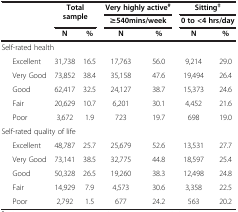
<table><thead><tr><td rowspan="2" colspan="2"><b> </b></td><td rowspan="2" colspan="2"><b>Total sample</b></td><td colspan="2"><b>Very highly active<sup>#</sup></b></td><td colspan="2"><b>Sitting<sup>‡</sup></b></td></tr><tr><td colspan="2"><b>≥540mins/week</b></td><td colspan="2"><b>0 to &lt;4 hrs/day</b></td></tr><tr><td colspan="2"><b> </b></td><td><b>N</b></td><td><b>%</b></td><td><b>N</b></td><td><b>%</b></td><td><b>N</b></td><td><b>%</b></td></tr></thead><tbody><tr><td colspan="8">Self-rated health</td></tr><tr><td> </td><td>Excellent</td><td>31,738</td><td>16.5</td><td>17,763</td><td>56.0</td><td>9,214</td><td>29.0</td></tr><tr><td> </td><td>Very Good</td><td>73,852</td><td>38.4</td><td>35,158</td><td>47.6</td><td>19,494</td><td>26.4</td></tr><tr><td> </td><td>Good</td><td>62,417</td><td>32.5</td><td>24,127</td><td>38.7</td><td>15,373</td><td>24.6</td></tr><tr><td> </td><td>Fair</td><td>20,629</td><td>10.7</td><td>6,201</td><td>30.1</td><td>4,452</td><td>21.6</td></tr><tr><td> </td><td>Poor</td><td>3,672</td><td>1.9</td><td>723</td><td>19.7</td><td>698</td><td>19.0</td></tr><tr><td colspan="8">Self-rated quality of life</td></tr><tr><td> </td><td>Excellent</td><td>48,787</td><td>25.7</td><td>25,679</td><td>52.6</td><td>13,531</td><td>27.7</td></tr><tr><td> </td><td>Very Good</td><td>73,141</td><td>38.5</td><td>32,775</td><td>44.8</td><td>18,597</td><td>25.4</td></tr><tr><td> </td><td>Good</td><td>50,328</td><td>26.5</td><td>19,260</td><td>38.3</td><td>12,498</td><td>24.8</td></tr><tr><td> </td><td>Fair</td><td>14,929</td><td>7.9</td><td>4,573</td><td>30.6</td><td>3,358</td><td>22.5</td></tr><tr><td> </td><td>Poor</td><td>2,792</td><td>1.5</td><td>677</td><td>24.2</td><td>563</td><td>20.2</td></tr></tbody></table>